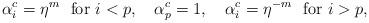
LaTeX: \begin{align*}\alpha_i^c = \eta ^m ~~\mbox{for} ~i < p,\quad\alpha_p^c = 1,\quad\alpha_i^c = \eta^{-m} ~~\mbox{for} ~i > p,\end{align*}